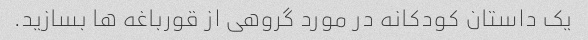
یک داستان کودکانه در مورد گروهی از قورباغه ها بسازید.